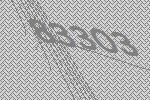
83303